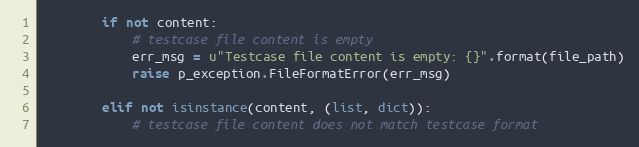
Language: Python
        if not content:
            # testcase file content is empty
            err_msg = u"Testcase file content is empty: {}".format(file_path)
            raise p_exception.FileFormatError(err_msg)

        elif not isinstance(content, (list, dict)):
            # testcase file content does not match testcase format